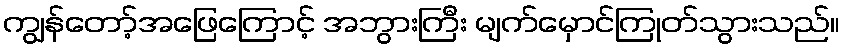
ကျွန်တော့်အဖြေကြောင့် အဘွားကြီး မျက်မှောင်ကြုတ်သွားသည်။